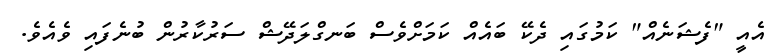
އެއީ "ފެޝަނެއް" ކަމުގައި ދެކޭ ބައެއް ކަމަށްވެސް ބަނގްލަދޭޝް ސަރުކާރުން ބުނެފައި ވެއެވެ.